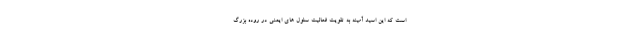
است که این اسید آمینه به تقویت فعالیت سلول های ایمنی در روده بزرگ